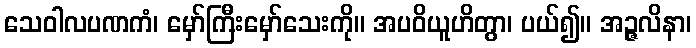
သေဝါလပဏကံ၊ မှော်ကြီးမှော်သေးကို။ အပဝိယူဟိတွာ၊ ပယ်၍။ အဉ္ဇလိနာ၊